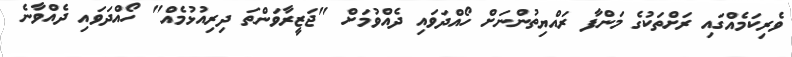
ވެރިކަމެއްގައި ރަށްތަކުގެ މަންފާ ރައްޔިތުންނަށް ހޯއްދަވައި ދެއްވުމަށް "ޖަޒީރާވަންތަ ދިރިއުޅުމެއް" ހޯއްދަވައި ދެއްވާނެ